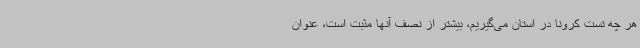
هر چه تست کرونا در استان می‌گیریم، بیشتر از نصف آنها مثبت است، عنوان